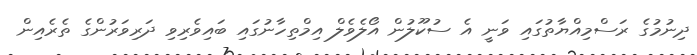
ދިނުމުގެ ރަސްމިއްޔާތުގައި ވަނީ އެ ސުކޫލުުން އޯލެވެލް އިމްތިހާނުގައި ބައިވެރިވި ދަރިވަރުންގެ ތެރެއިން